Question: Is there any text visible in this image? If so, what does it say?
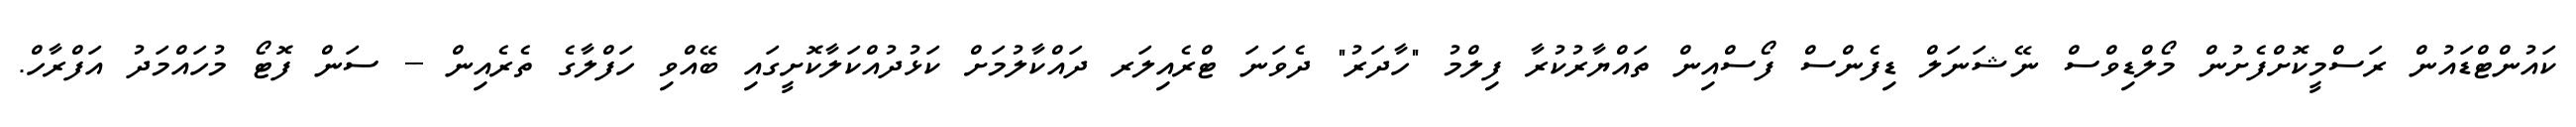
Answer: ކައުންޓްޑައުން ރަސްމީކޮށްފެށުން މޯލްޑިވްސް ނޭޝަނަލް ޑިފެންސް ފޯސްއިން ތައްޔާރުކުރާ ފިލްމު "ހާދަރު" ދެވަނަ ޓްރެއިލަރ ދައްކާލުމަށް ކަޅުދުއްކަލާކޮށީގައި ބޭއްވި ހަފްލާގެ ތެރެއިން -- ސަން ފޮޓޯ މުހައްމަދު އަފްރާހް.